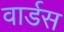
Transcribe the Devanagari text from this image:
वार्डस